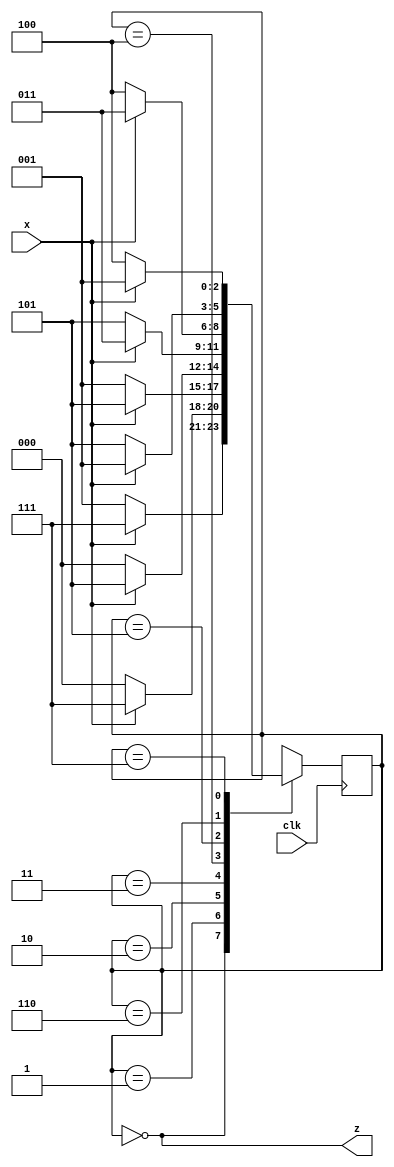
// finite state machine circuit 
// FSM
module top_module (
    input clk,
    input x,
    output z
); 

    //,yY
    reg [3:1] y, Y;
    parameter [3:1] A = 3'b000, B = 3'b001, C = 3'b010, D = 3'b011, E = 3'b100, F = 3'b101, G = 3'b110, H = 3'b111;
    initial begin
        y = A;
    end
    always @(x, y)begin
        case(y)
            A:  if(x)   Y = H;
                else    Y = B;
            B:
                if(x)   Y = H;
                else    Y = A;
            C:
                if(x)   Y = F;
                else    Y = B;
            D:
                if(x)   Y = F;
                else    Y = A;
            E:
                if(x)   Y = D;
                else    Y = F;
            F:
                if(x)   Y = D;
                else    Y = E;
            G:
                if(x)   Y = B;
                else    Y = F;
            H:
                if(x)   Y = B;
                else    Y = E;
            default:    Y = A;
        endcase

    end

    always@(posedge clk)begin
        y <= Y;
    end

    assign z = (y == A);

endmodule